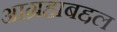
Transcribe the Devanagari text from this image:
आग्रहाबद्दल